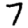
Digit: 7